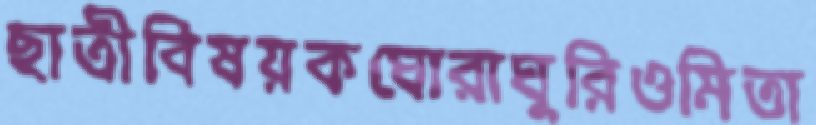
ছাত্রীবিষয়কঘোরাঘুরিওমিতা